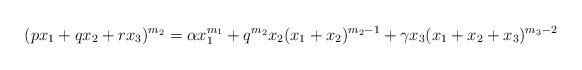
LaTeX: \begin{align*} (px_1+qx_2+rx_3)^{m_2}=\alpha x_1^{m_1}+q^{m_2}x_2(x_1+x_2)^{m_2-1}+\gamma x_3(x_1+x_2+x_3)^{m_3-2} \end{align*}